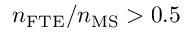
n _ { \mathrm { F T E } } / n _ { \mathrm { M S } } > 0 . 5